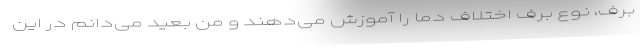
برف، نوع برف اختلاف دما را آموزش می‌دهند و من بعید می‌دانم در این